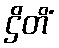
ဌိတိံ